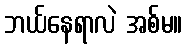
ဘယ်နေရာလဲ အစ်မ။